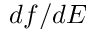
d f / d E